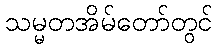
သမ္မတအိမ်တော်တွင်